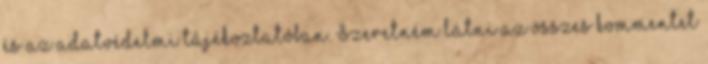
és az adatvédelmi tájékoztatóban. Szeretném látni az összes kommentet